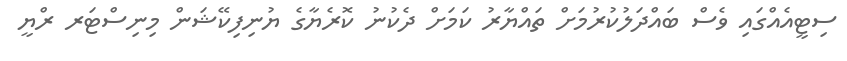
ސިޓީއެއްގައި ވެސް ބައްދަލުކުރުމަށް ތައްޔާރު ކަމަށް ދެކުނު ކޮރެޔާގެ ޔުނިފިކޭޝަން މިނިސްޓަރ ރްޔީ